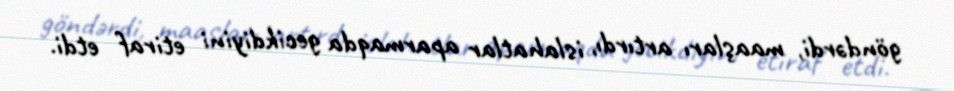
göndərdi, maaşları artırdı, islahatlar aparmaqda gecikdiyini etiraf etdi.